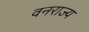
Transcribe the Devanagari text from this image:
वनराज्य